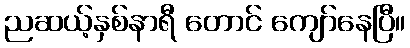
ညဆယ့်နှစ်နာရီ တောင် ကျော်နေပြီ။